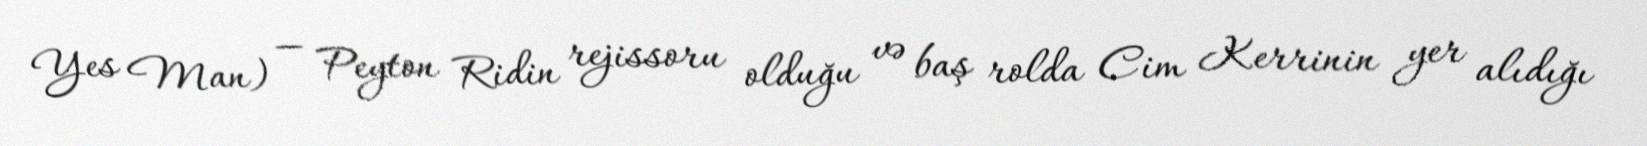
Yes Man) — Peyton Ridin rejissoru olduğu və baş rolda Cim Kerrinin yer alıdığı